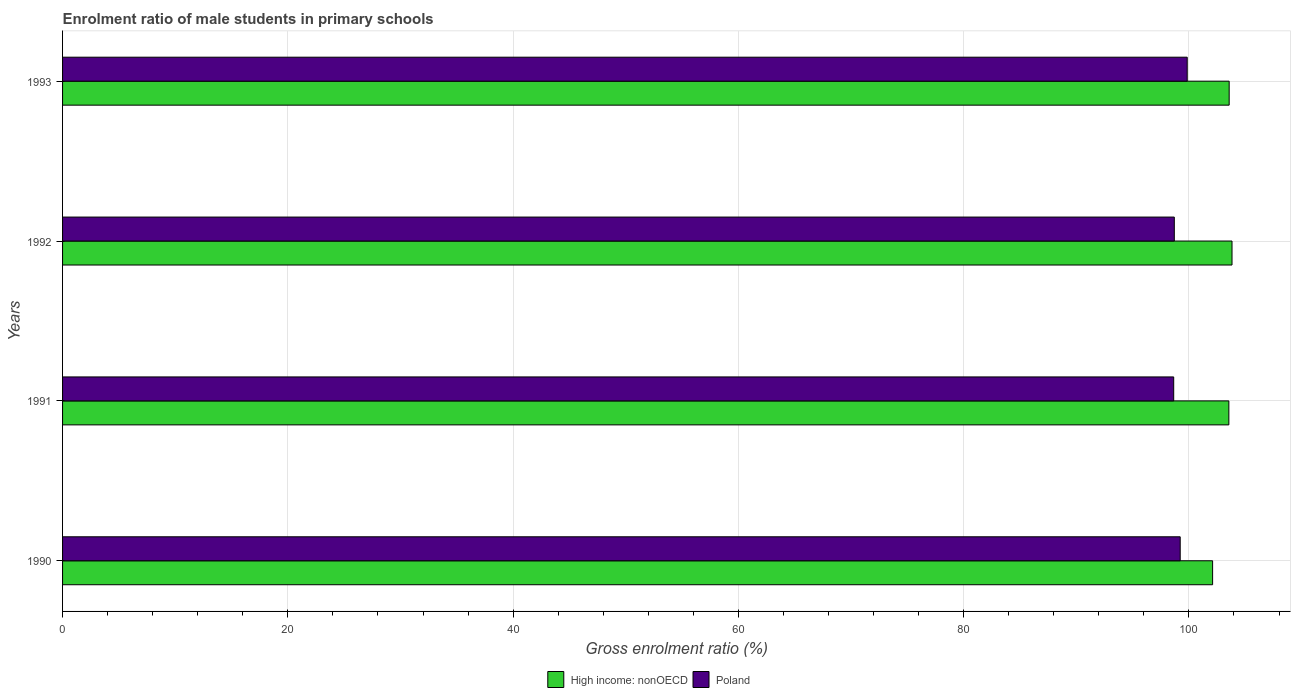
| Years | High income: nonOECD | Poland |
 | --- | --- | --- |
 | 1990 | 102 | 99.2 |
 | 1991 | 104 | 98.6 |
 | 1992 | 104 | 98.7 |
 | 1993 | 104 | 99.8 |